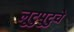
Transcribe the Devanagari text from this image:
लुटुपुटुचे